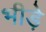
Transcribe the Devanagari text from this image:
भीड़े